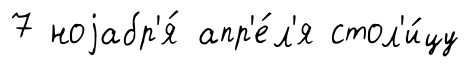
7 ноjабр'я́ апр'е́л'я стол'и́цу